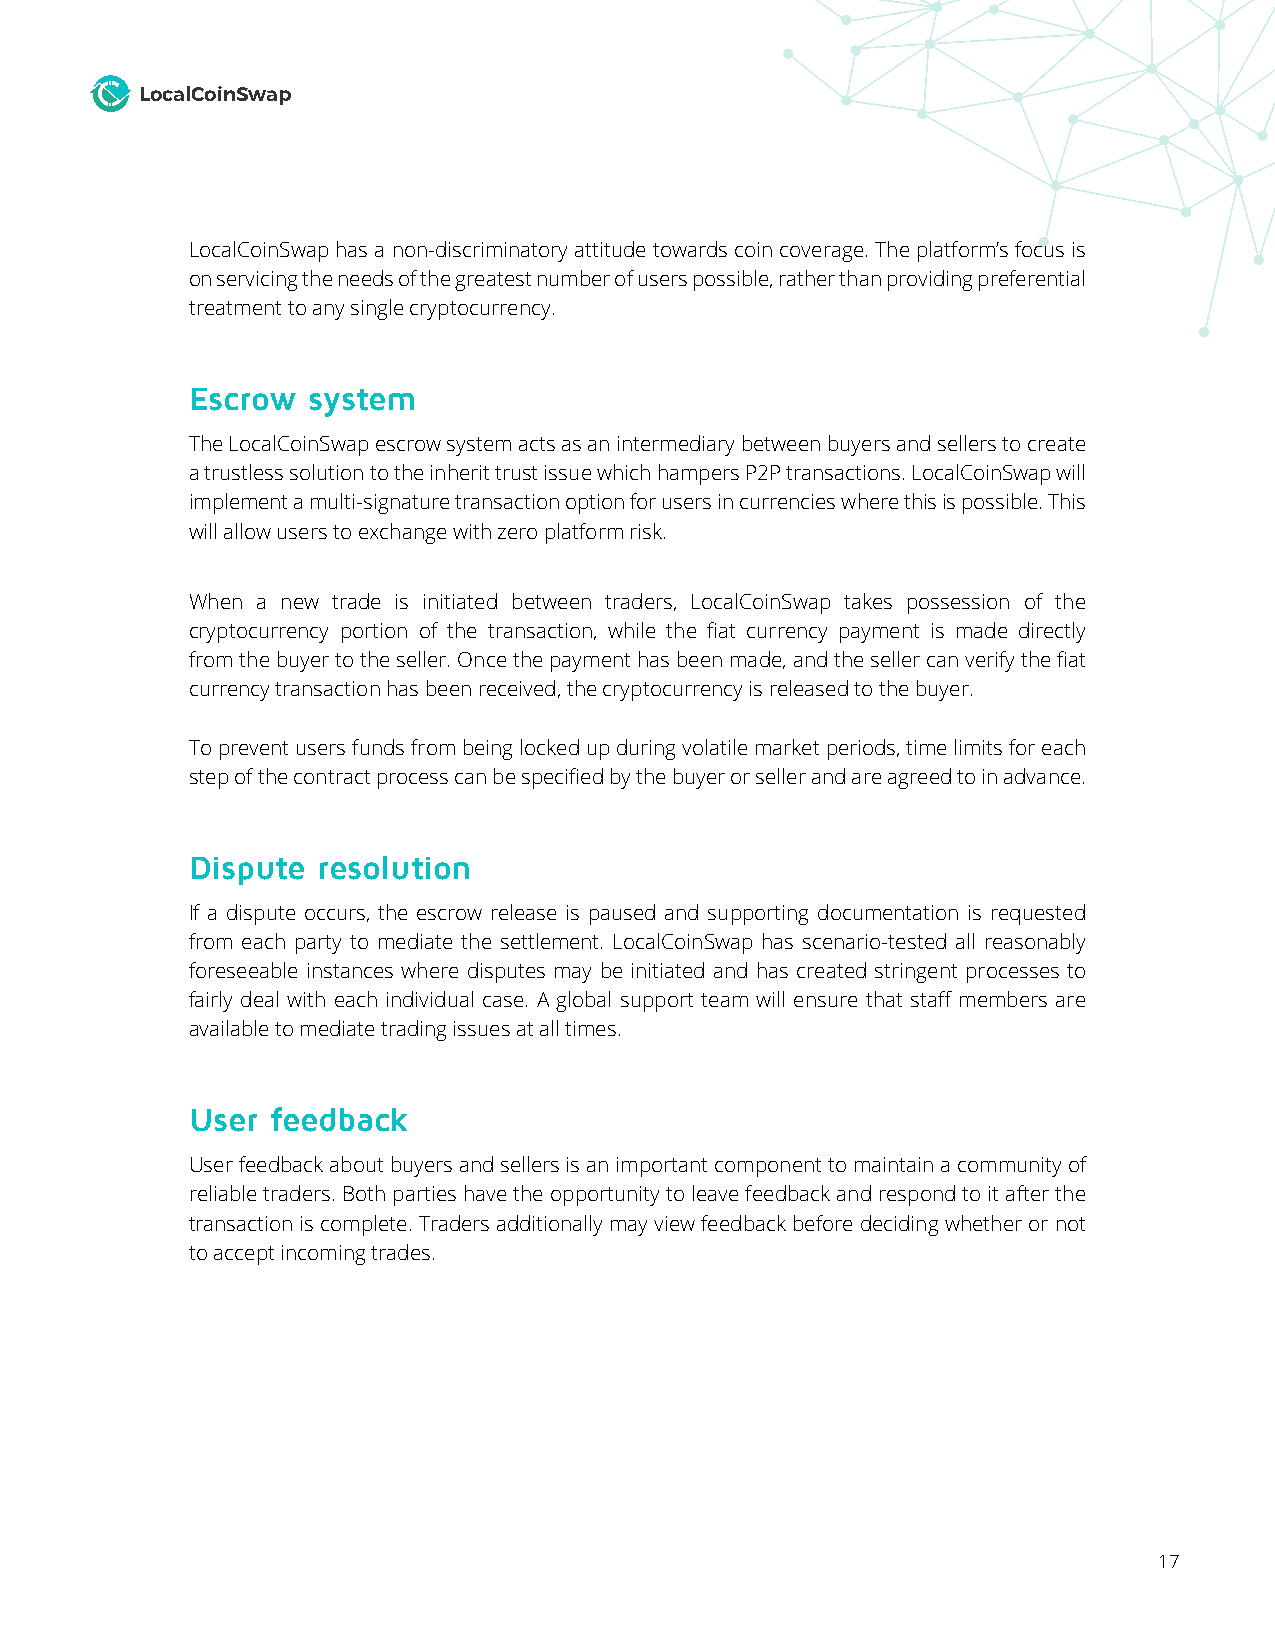
LocalCoinSwap
 LocalCoinSwap has a non-discriminatory attitude towards coin coverage. The platform’s focus is
 on servicing the needs of the greatest number of users possible, rather than providing preferential
 treatment to any single cryptocurrency.
 Escrow  system
 The LocalCoinSwap escrow system acts as an intermediary between buyers and sellers to create
 a trustless solution to the inherit trust issue which hampers P2P transactions. LocalCoinSwap will
 implement a multi-signature transaction option for users in currencies where this is possible. This
 will allow users to exchange with zero platform risk.
 When a new trade is initiated between traders, LocalCoinSwap takes possession of the
 cryptocurrency portion of the transaction, while the fiat currency payment is made directly
 from the buyer to the seller. Once the payment has been made, and the seller can verify the fiat
 currency transaction has been received, the cryptocurrency is released to the buyer.
 To prevent users funds from being locked up during volatile market periods, time limits for each
 step of the contract process can be specified by the buyer or seller and are agreed to in advance.
 Dispute  resolution
 If a dispute occurs, the escrow release is paused and supporting documentation is requested
 from each party to mediate the settlement. LocalCoinSwap has scenario-tested all reasonably
 foreseeable instances where disputes may be initiated and has created stringent processes to
 fairly deal with each individual case. A global support team will ensure that staff members are
 available to mediate trading issues at all times.
 User  feedback
 User feedback about buyers and sellers is an important component to maintain a community of
 reliable traders. Both parties have the opportunity to leave feedback and respond to it after the
 transaction is complete. Traders additionally may view feedback before deciding whether or not
 to accept incoming trades.
 17